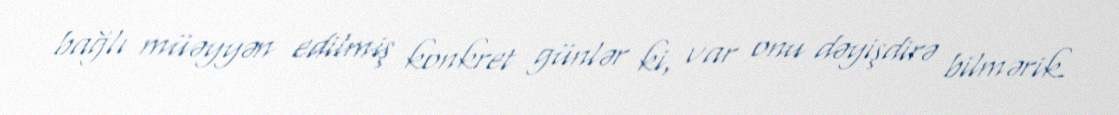
bağlı müəyyən edilmiş konkret günlər ki, var onu dəyişdirə bilmərik.